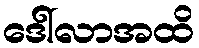
ဒေါ်လာအထိ